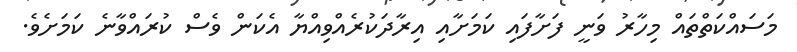
މަސައްކަތްތައް މިހާރު ވަނީ ފަށާފައި ކަމަށާއި އިރާދަކުރެއްވިއްޔާ އެކަން ވެސް ކުރައްވާނެ ކަމަށެވެ.